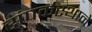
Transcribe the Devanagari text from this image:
संपर्कस्थाने